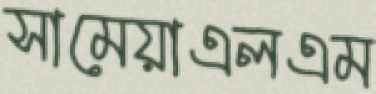
সামেয়াএলএম